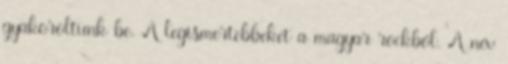
gyakoroltunk be. A legismertebbeket a magyar rockból. A név